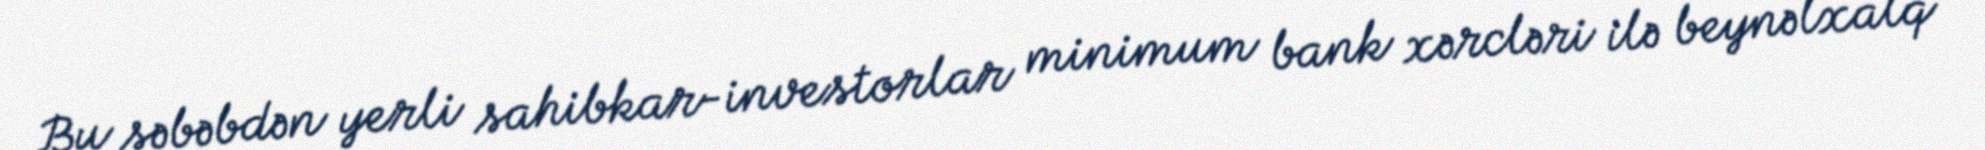
Bu səbəbdən yerli sahibkar-investorlar minimum bank xərcləri ilə beynəlxalq